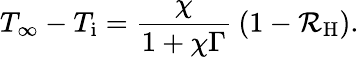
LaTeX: T_{\infty}-T_{\mathrm{i}}=\frac{\chi}{1+\chi\Gamma}\: \left(1-\mathcal{R}_{\mathrm{H}}\right).